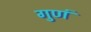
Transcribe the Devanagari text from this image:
गुणं